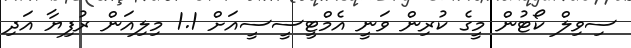
ސިވިލް ކޯޓުން މީގެ ކުރިން ވަނީ އެމްޓީސީސީއަށް 1.1 މިލިއަން ރުފިޔާ އަދި